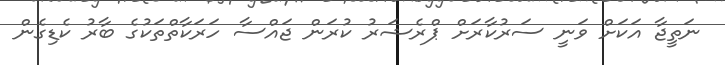
ނަތީޖާ އަކަށް ވަނީ ސަރުކާރަށް ޕްރެޝަރު ކުރަން ޖައްސާ ހަރަކާތްތަކުގެ ބާރު ކެޑިގެން